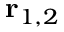
\mathbf { r } _ { 1 , 2 }